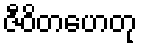
ဇီဝိတဟေတု